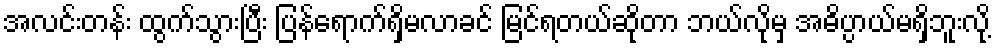
အလင်းတန်း ထွက်သွားပြီး ပြန်ရောက်ရှိမလာခင် မြင်ရတယ်ဆိုတာ ဘယ်လိုမှ အဓိပ္ပာယ်မရှိဘူးလို့